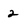
Character: 2